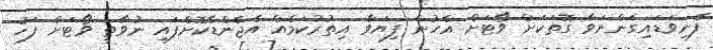
ފެނިވަޑައިގަންނަވާ ގޮތަކަށް ވޯޓަށް އެހުން ފިޔަވާ އިތުރުކަމެއް އެޖެންޑާކޮށްފައި ނުވާތީ ވޯޓަށް ފަހު